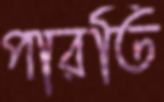
পারতি